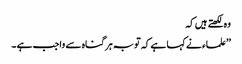
وہ لکھتے ہیں کہ
’’علماء نے کہا ہے کہ توبہ ہر گناہ سے واجب ہے ۔